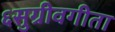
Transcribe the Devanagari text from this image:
६सुग्रीवगीता